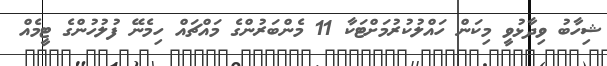
ޝިހާބު ވިދާޅުވީ މިކަން ހައްލުކުރުމަށްޓަކާ 11 މެންބަރުންގެ މައްޗައް ހިމެނޭ ފުލުހުންގެ ޓީމެއް